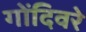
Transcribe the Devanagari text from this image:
गोंदिवरे